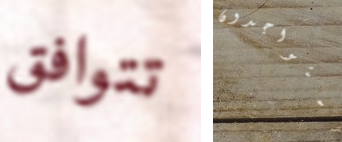
تتوافق المتواجدون